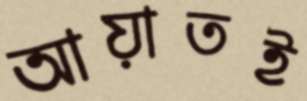
আয়াতই